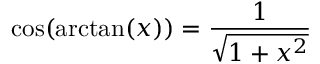
\cos ( \arctan ( x ) ) = { \frac { 1 } { \sqrt { 1 + x ^ { 2 } } } }